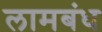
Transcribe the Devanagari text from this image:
लामबंध